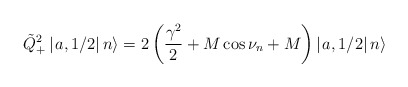
\begin{align*}\tilde{Q}^{2}_{+}\left| \left. a,1/2\right| n\right\rangle =2\left( \frac{\gamma ^{2}}{2}+M\cos \nu _{n}+M\right) \left| \left. a,1/2\right| n\right\rangle\end{align*}